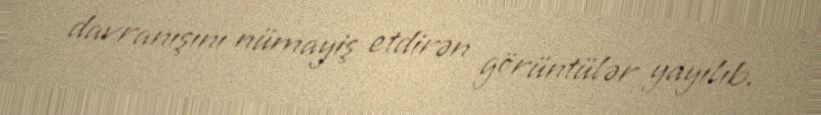
davranışını nümayiş etdirən görüntülər yayılıb.